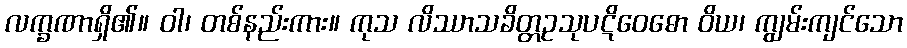
လက္ခဏာရှိ၏။ ဝါ၊ တစ်နည်းကား။ ကုသ လိဿာသခိတ္တဥသုပဋိဝေဓော ဝိယ၊ ကျွမ်းကျင်သော